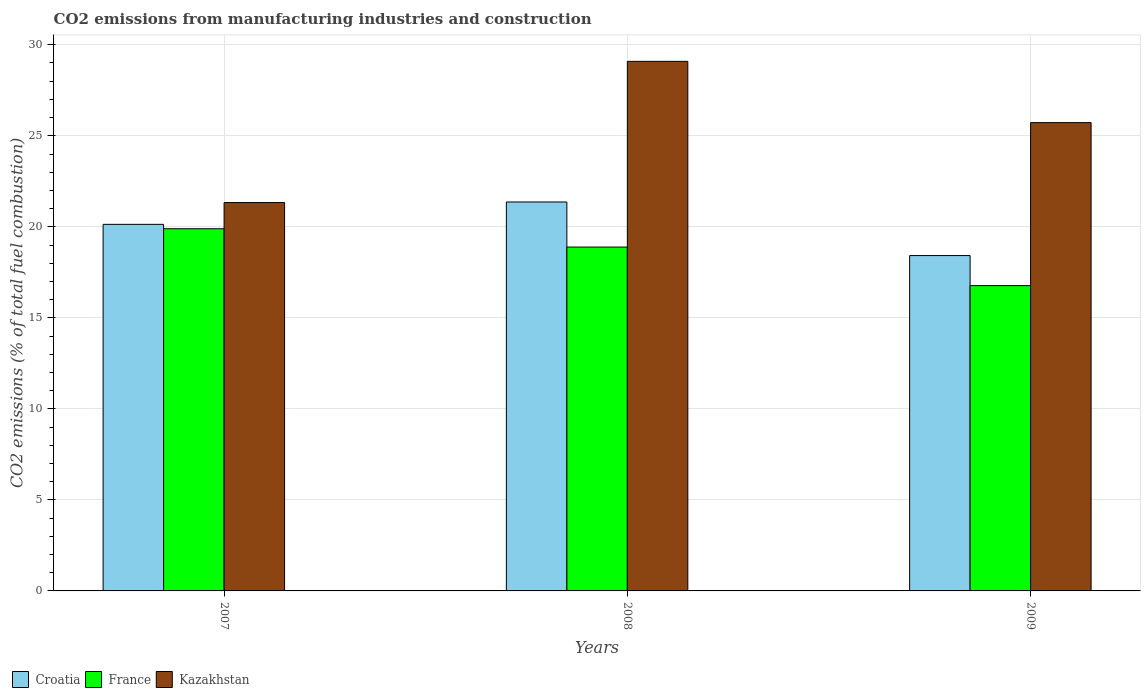
| Years | Croatia | France | Kazakhstan |
 | --- | --- | --- | --- |
 | 2007 | 20.1 | 19.9 | 21.3 |
 | 2008 | 21.4 | 18.9 | 29.1 |
 | 2009 | 18.4 | 16.8 | 25.7 |